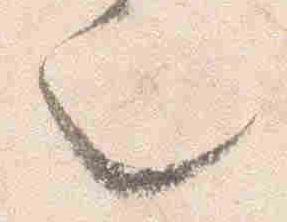
也